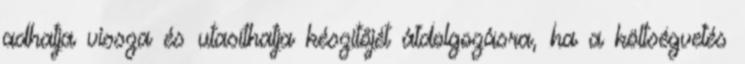
adhatja vissza és utasíthatja készítőjét átdolgozásra, ha a költségvetés